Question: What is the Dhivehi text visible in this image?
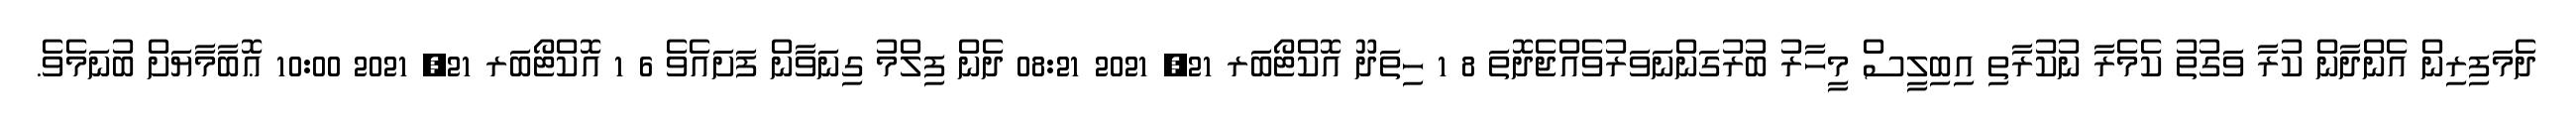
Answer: ދެމަފިރިން އެންދާން ކުރާ ވަގުތު ކެމެރާ ނުކުރާތި އިބިލީސް މީހާރު ބުރުގަންނަވަރުވެއްޖެދޮތަ 8 1 ހިތަދޫ އޮކްޓޯބަރ 21, 2021 08:21 ދެން ފިލްމު ގިނަވާން ފަށައެވެ 6 1 އޮކްޓޯބަރ 21, 2021 10:00 ޢޮބާމާޔަށް ބުނަމެވެ.